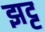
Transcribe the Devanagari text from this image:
झट्ट